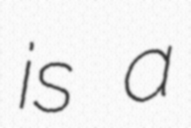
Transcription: is a